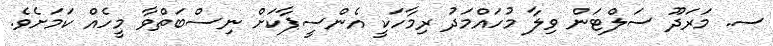
ސ. މަރަދޫ ސަލްޓަން ވިލާ މުހައްމަދު ރިމާހަކީ އެންސީޕާކަށް ނިސްބަތްވާ މީހެއް ކަމަށެވެ.